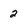
Character: 2